342_HS1-416511228_319.1 Flying Discs 1949
Agency: Department of War
Incident date: 1/9/50
Page 90
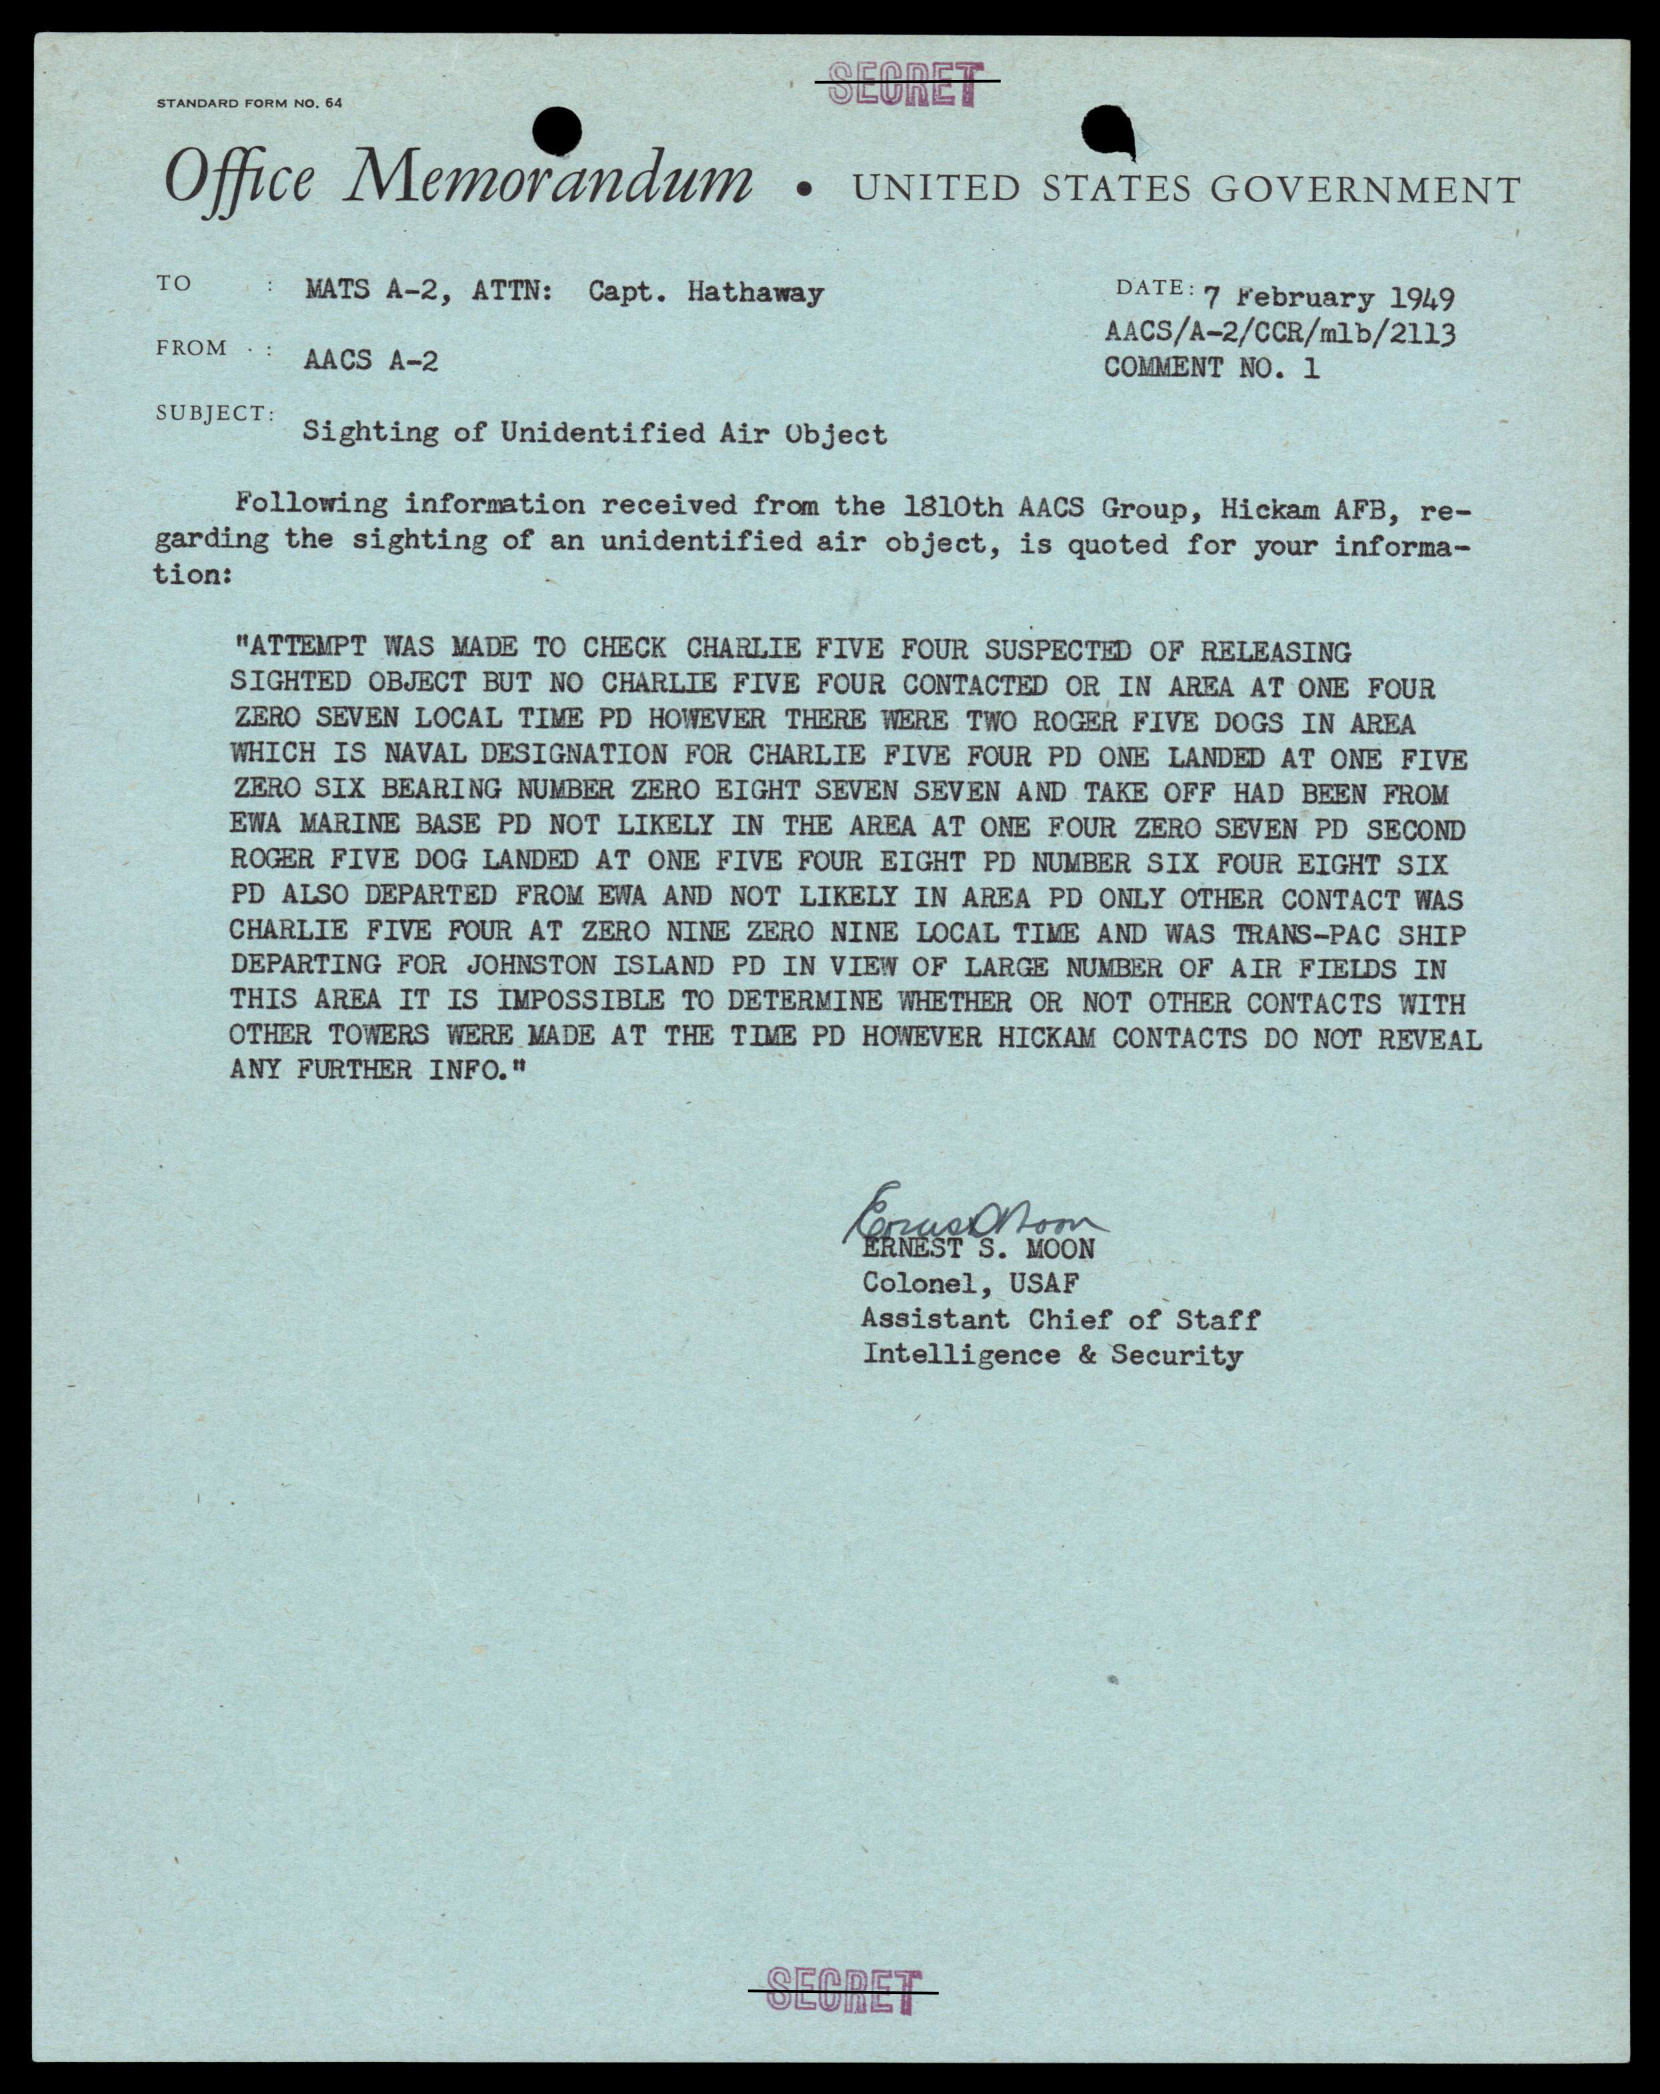